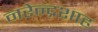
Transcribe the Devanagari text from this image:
नरेन्द्रशाह